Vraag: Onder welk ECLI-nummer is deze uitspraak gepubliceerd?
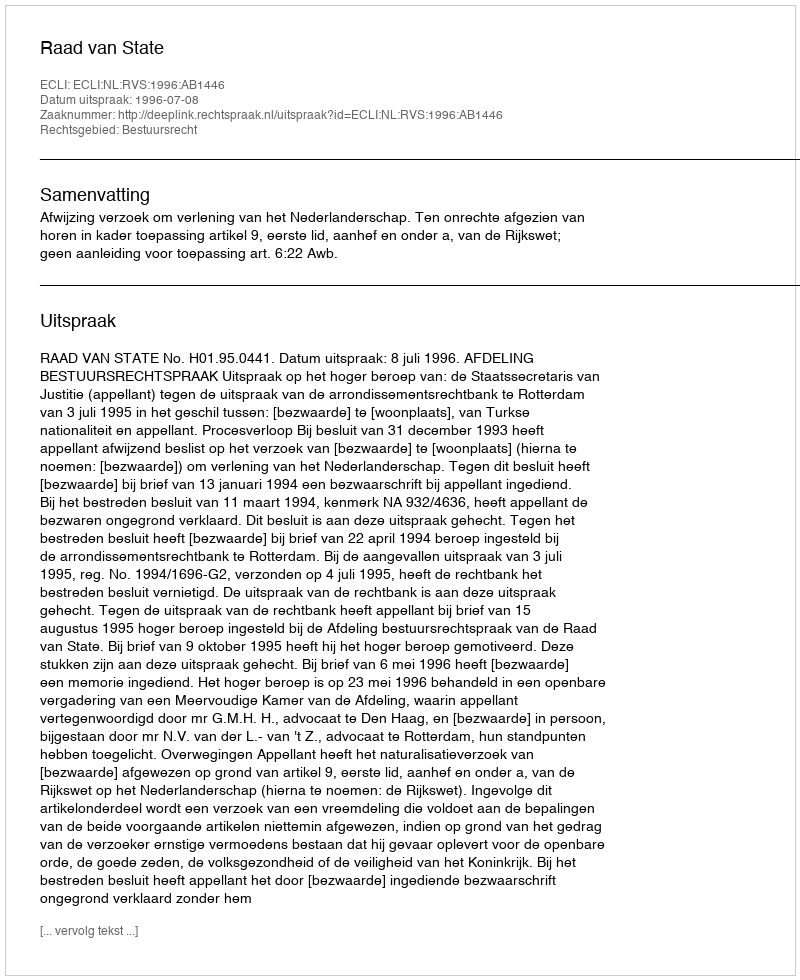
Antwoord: ECLI:NL:RVS:1996:AB1446